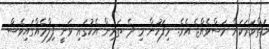
ހަތްވަރަކަށް މަސްވެއްޖެ އެވެ. މިފަހުން މި ދެ ތަރިން އެކުގައި ވަނީ ފިލްމެއްގައިވެސް